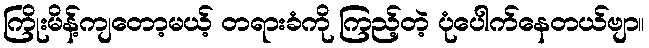
ကြိုးမိန့်ကျတော့မယ့် တရားခံကို ကြည့်တဲ့ ပုံပေါက်နေတယ်ဗျာ။